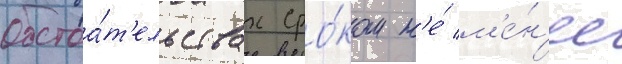
обстоа́т'ельствах сро́ком н'е́ м'е́н'ее